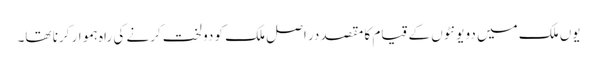
یوں ملک میں دو یونٹوں کے قیام کا مقصد در اصل ملک کو دو لخت کرنے کی راہ ہموار کرنا تھا۔